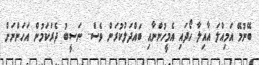
ބޭނުމޭ އަމިއްލަ އާއިލާ ހޯދައި އެމީހުންނާއި ބައްދަލުކުރަން ވެސް.. ނަސީބު ދެރަކަމުން އަހަންނަށް